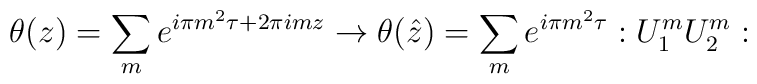
\theta (z) = \sum_m e^{i\pi m^2 \tau + 2\pi imz} \rightarrow\theta(\hat{z}) =\sum_m e^{i \pi m^2 \tau} : U_1^m U_2^m :